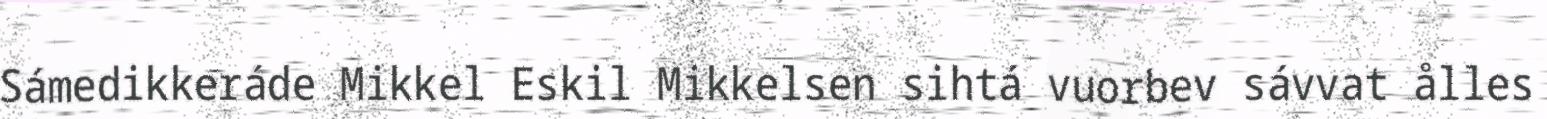
Sámedikkeráde Mikkel Eskil Mikkelsen sihtá vuorbev sávvat ålles